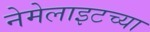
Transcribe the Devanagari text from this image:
नेमेलाइटच्या